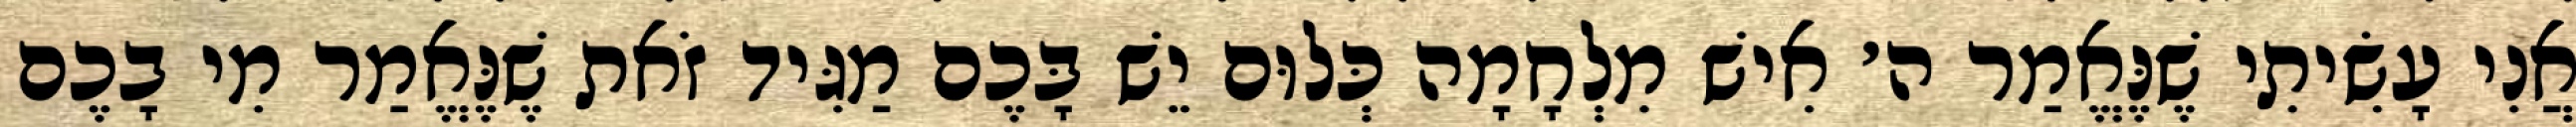
אֲנִי עָשִׂיתִי שֶׁנֶּאֱמַר ה׳ אִישׁ מִלְחָמָה כְּלוּם יֵשׁ בָּכֶם מַגִּיד זֹאת שֶׁנֶּאֱמַר מִי בָכֶם